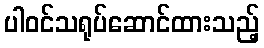
ပါဝင်သရုပ်ဆောင်ထားသည့်